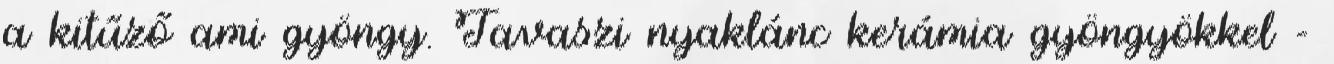
a kitűző ami gyöngy. Tavaszi nyaklánc kerámia gyöngyökkel -